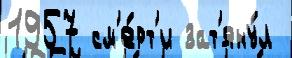
1957 см'е́рт'и зат'яну́л